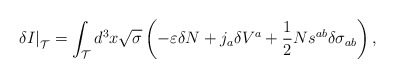
\begin{align*}\left. \delta I\right| _{{\cal T}}=\int_{{\cal T}}d^{3}x\sqrt{\sigma }\left(-\varepsilon \delta N+j_{a}\delta V^{a}+\frac{1}{2}Ns^{ab}\delta \sigma_{ab}\right) , \end{align*}